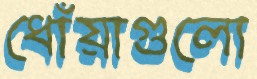
ধোঁয়াগুলো